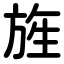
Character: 旌